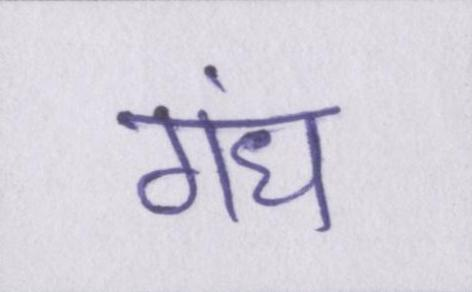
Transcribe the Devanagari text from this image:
गंध